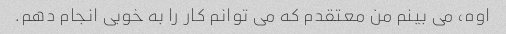
اوه، می بینم من معتقدم که می توانم کار را به خوبی انجام دهم.